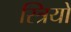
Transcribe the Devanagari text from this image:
स्‍त्रियों